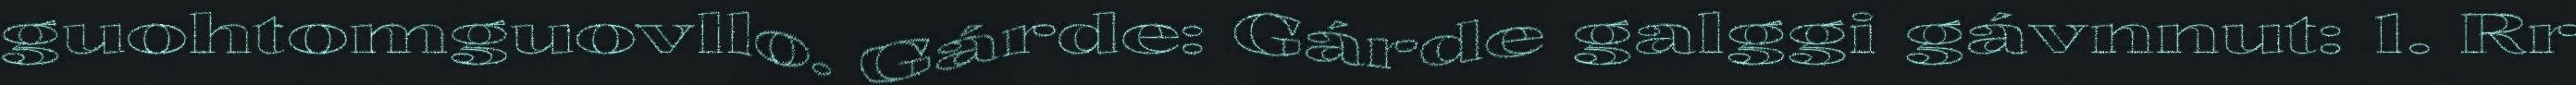
guohtomguovllo. Gárde: Gárde galggi gávnnut: 1. Rr